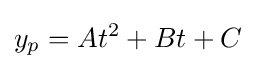
y_{p}=At^{2}+Bt+C